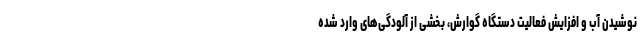
نوشیدن آب و افزایش فعالیت دستگاه گوارش، بخشی از آلودگی‌های وارد شده